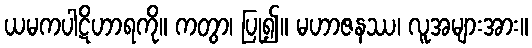
ယမကပါဋိဟာရကို။ ကတွာ၊ ပြု၍။ မဟာဇနဿ၊ လူအများအား။